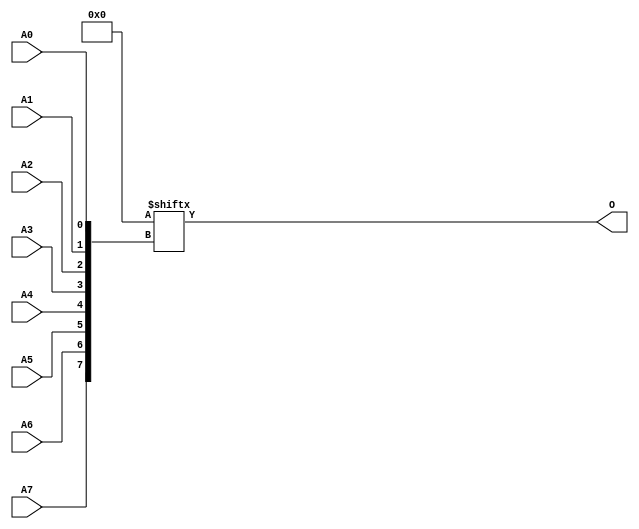
// $Header: /devl/xcs/repo/env/Databases/CAEInterfaces/verunilibs/data/unisims/ROM256X1.v,v 1.8.158.1 2007/03/09 18:13:19 patrickp Exp $
///////////////////////////////////////////////////////////////////////////////
// Copyright (c) 1995/2004 Xilinx, Inc.
// All Right Reserved.
///////////////////////////////////////////////////////////////////////////////
//   ____  ____
//  /   /\/   /
// /___/  \  /    Vendor : Xilinx
// \   \   \/     Version : 8.1i (I.13)
//  \   \         Description : Xilinx Functional Simulation Library Component
//  /   /                  256-Deep by 1-Wide ROM
// /___/   /\     Filename : ROM256X1.v
// \   \  /  \    Timestamp : Thu Mar 25 16:43:39 PST 2004
//  \___\/\___\
//
// Revision:
//    03/23/04 - Initial version.
//    02/04/05 - Rev 0.0.1 Remove input/output bufs; Remove for-loop in initial block;
// End Revision

`timescale  100 ps / 10 ps


module ROM256X1 (O, A0, A1, A2, A3, A4, A5, A6, A7);

    parameter INIT = 256'h0000000000000000000000000000000000000000000000000000000000000000;

    output O;

    input  A0, A1, A2, A3, A4, A5, A6, A7;

    reg [255:0] mem;

    initial
	    mem = INIT;

    assign O = mem[{A7, A6, A5, A4, A3, A2, A1, A0}];


endmodule